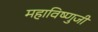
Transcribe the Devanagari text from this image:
महाविष्णुजी